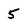
Character: 5